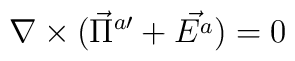
\nabla\times(\vec\Pi^{a\prime}+\vec{E^{a}})=0